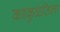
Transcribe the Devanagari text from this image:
काकुळतिला